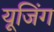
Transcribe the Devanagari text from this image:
यूजिंग